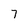
Character: 7